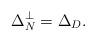
LaTeX: \begin{align*} \Delta_N^\perp=\Delta_D.\end{align*}